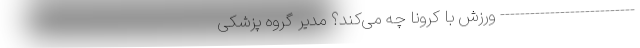
--------------------------- ورزش با کرونا چه می‌کند؟ مدیر گروه پزشکی